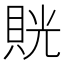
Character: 𧵦